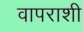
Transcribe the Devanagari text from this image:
वापराशी